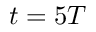
t = 5 T